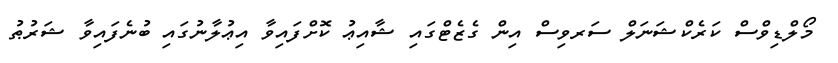
މޯލްޑިވްސް ކަރެކްޝަނަލް ސަރވިސް އިން ގެޒެޓްގައި ޝާއިޢު ކޮށްފައިވާ އިޢުލާނުގައި ބުނެފައިވާ ޝަރުޠު